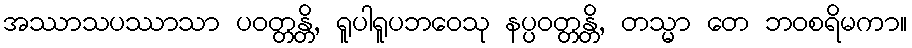
အဿာသပဿာသာ ပဝတ္တန္တိ, ရူပါရူပဘဝေသု နပ္ပဝတ္တန္တိ, တသ္မာ တေ ဘဝစရိမကာ။